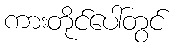
ကားတိုင်ပေါ်တွင်